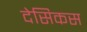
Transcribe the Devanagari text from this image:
देसिकस